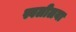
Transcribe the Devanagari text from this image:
स्वलीलया